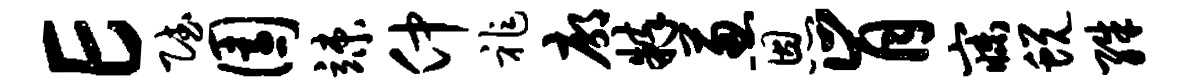
E赋园竦仲祚廓粹葱恩肯寐蜕殊